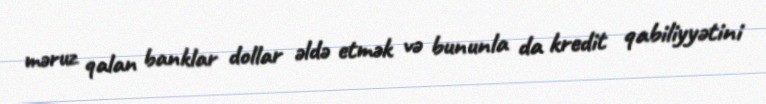
məruz qalan banklar dollar əldə etmək və bununla da kredit qabiliyyətini